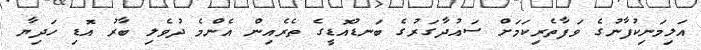
އަލިމަނިކުފާނުގެ ވަފާތެރިކަމަށް ސައުދާގަރުގެ ބަނޑުއޮޑީގެ ތެރެއިން އެންމެ ދުވެލި ބާރު އޮޑި ހަދިޔާ